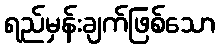
ရည်မှန်းချက်ဖြစ်သော